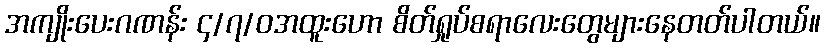
အကျိုးပေးဂဏန်း ၄/၇/၀အထူးဟော စိတ်ရှုပ်စရာလေးတွေများနေတတ်ပါတယ်။